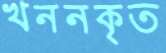
খননকৃত